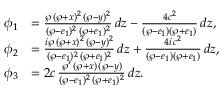
\begin{array} { r l } { \phi _ { 1 } } & { = \frac { \wp \, ( \wp + x ) ^ { 2 } \, ( \wp - y ) ^ { 2 } } { ( \wp - e _ { 1 } ) ^ { 2 } \, ( \wp + e _ { 1 } ) ^ { 2 } } \, d z - \frac { 4 c ^ { 2 } } { ( \wp - e _ { 1 } ) ( \wp + e _ { 1 } ) } \, d z , } \\ { \phi _ { 2 } } & { = \frac { i \wp \, ( \wp + x ) ^ { 2 } \, ( \wp - y ) ^ { 2 } } { ( \wp - e _ { 1 } ) ^ { 2 } \, ( \wp + e _ { 1 } ) ^ { 2 } } \, d z + \frac { 4 i \, c ^ { 2 } } { ( \wp - e _ { 1 } ) ( \wp + e _ { 1 } ) } \, d z , } \\ { \phi _ { 3 } } & { = 2 c \, \frac { \wp ^ { \prime } \, ( \wp + x ) \, ( \wp - y ) } { ( \wp - e _ { 1 } ) ^ { 2 } \, ( \wp + e _ { 1 } ) ^ { 2 } } \, d z . } \end{array}